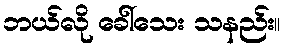
ဘယ်လို ခေါ်သေး သနည်း။